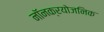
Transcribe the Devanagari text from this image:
नॉनक्रयोजनिक